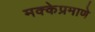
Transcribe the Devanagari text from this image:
मक्केप्रमाणे